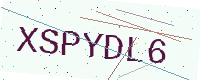
Text: XSPYDL6